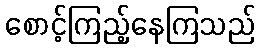
စောင့်ကြည့်နေကြသည်